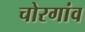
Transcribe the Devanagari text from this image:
चोरगांव